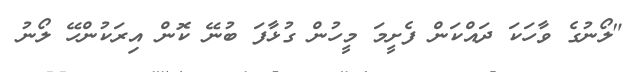
"ލޯނުގެ ވާހަކަ ދައްކަން ފެށީމަ މީހުން ގުޅާފަ ބުނޭ ކޮން އިރަކުންހޭ ލޯނު